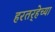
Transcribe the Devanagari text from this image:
हरतर्‍हेच्या